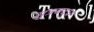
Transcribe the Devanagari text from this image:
सुत्रबद्ध